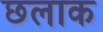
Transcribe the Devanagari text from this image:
छलाक